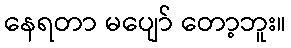
နေရတာ မပျော် တော့ဘူး။